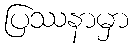
ပြဿနာမှာ